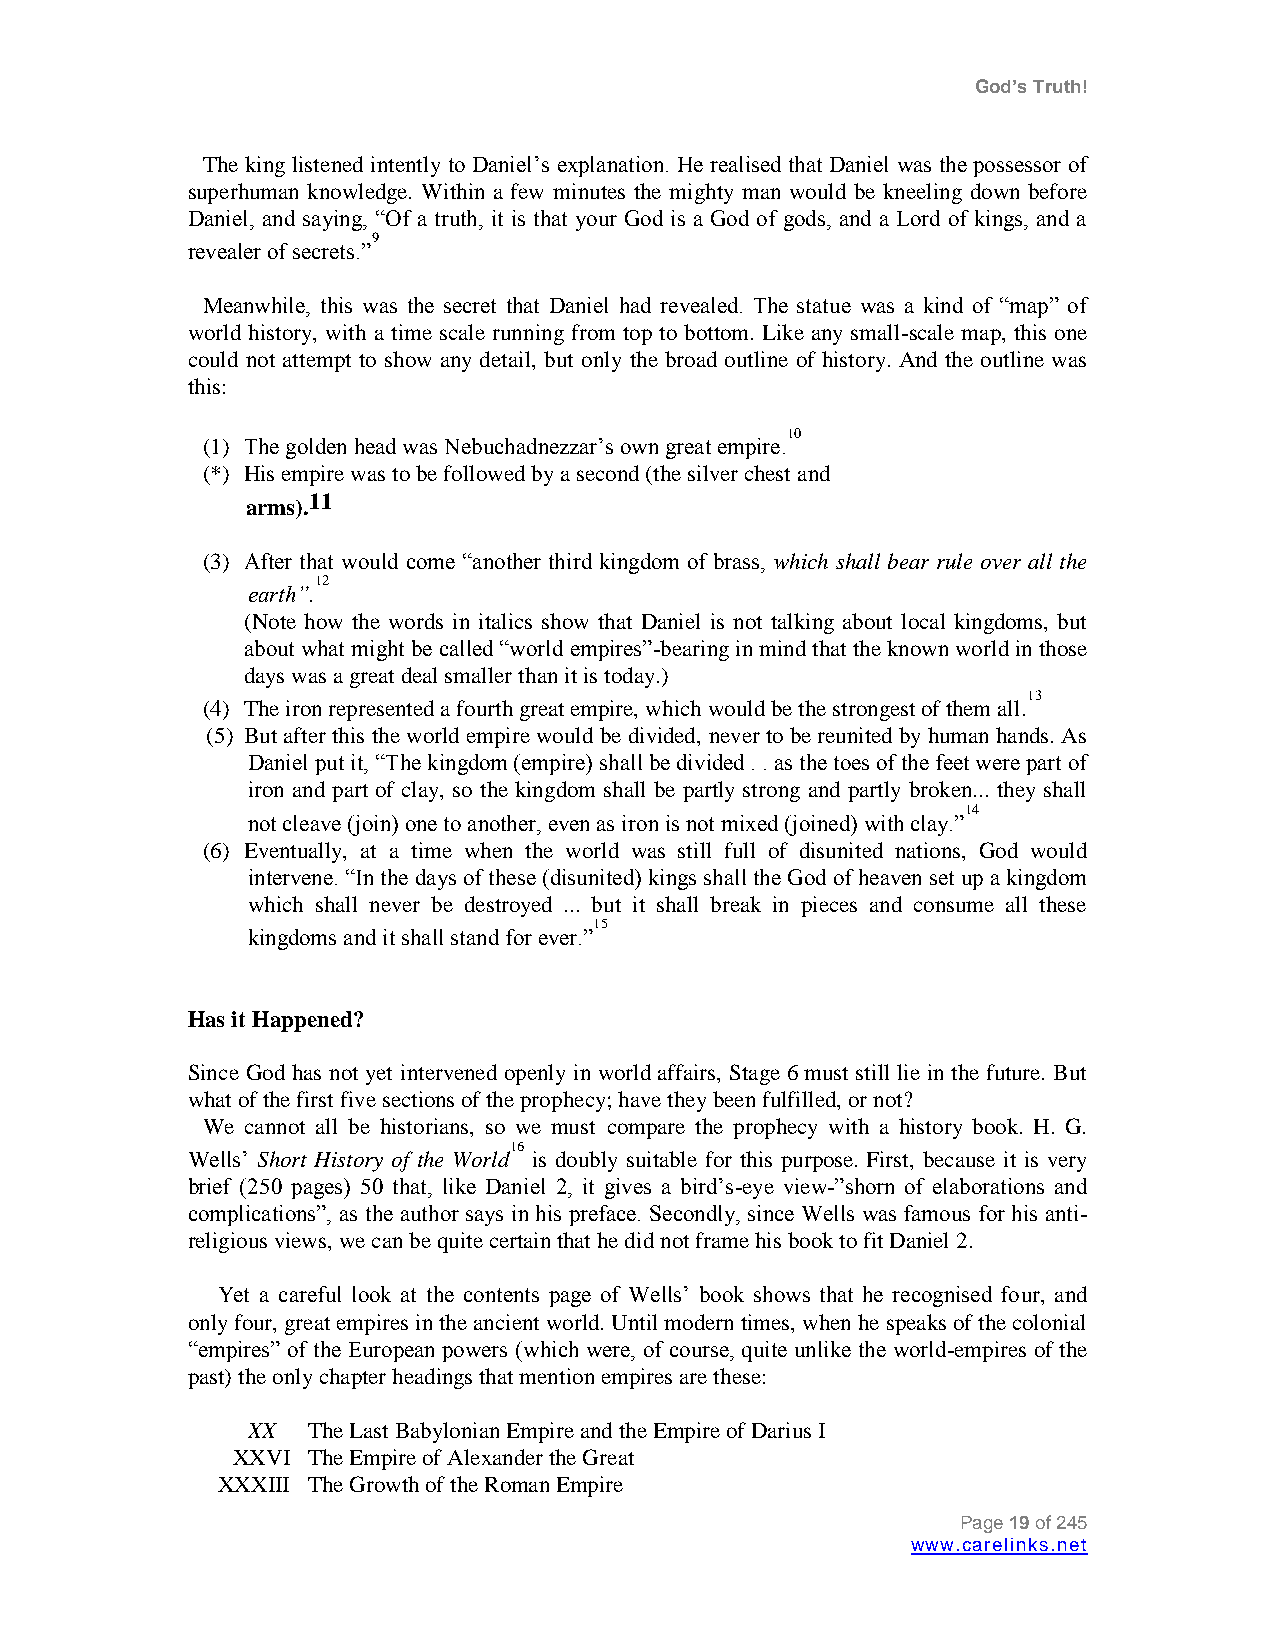
God’s Truth!
 The king listened intently to Daniel‟s explanation. He realised that Daniel was the possessor of
 superhuman knowledge. Within a few minutes the mighty man would be kneeling down before
 Daniel, and saying, “Of a truth, it is that your God is a God of gods, and a Lord of kings, and a
 9
 revealer of secrets.”
 Meanwhile, this was the secret that Daniel had revealed. The statue was a kind of “map” of
 world history, with a time scale running from top to bottom. Like any small-scale map, this one
 could not attempt to show any detail, but only the broad outline of history. And the outline was
 this:
 10
 (1) The golden head was Nebuchadnezzar‟s own great empire.
 (*) His empire was to be followed by a second (the silver chest and
 arms).11
 (3) After that would come “another third kingdom of brass, which shall bear rule over all the
 12
 earth”.
 (Note how the words in italics show that Daniel is not talking about local kingdoms, but
 about what might be called “world empires”-bearing in mind that the known world in those
 days was a great deal smaller than it is today.)
 13
 (4) The iron represented a fourth great empire, which would be the strongest of them all.
 (5) But after this the world empire would be divided, never to be reunited by human hands. As
 Daniel put it, “The kingdom (empire) shall be divided . . as the toes of the feet were part of
 iron and part of clay, so the kingdom shall be partly strong and partly broken... they shall
 14
 not cleave (join) one to another, even as iron is not mixed (joined) with clay.”
 (6) Eventually, at a time when the world was still full of disunited nations, God would
 intervene. “In the days of these (disunited) kings shall the God of heaven set up a kingdom
 which shall never be destroyed ... but it shall break in pieces and consume all these
 15
 kingdoms and it shall stand for ever.”
 Has it Happened?
 Since God has not yet intervened openly in world affairs, Stage 6 must still lie in the future. But
 what of the first five sections of the prophecy; have they been fulfilled, or not?
 We cannot all be historians, so we must compare the prophecy with a history book. H. G.
 Wells‟ Short History of the
 World16
 is doubly suitable for this purpose. First, because it is very
 brief (250 pages) 50 that, like Daniel 2, it gives a bird‟s-eye view-”shorn of elaborations and
 complications”, as the author says in his preface. Secondly, since Wells was famous for his anti-
 religious views, we can be quite certain that he did not frame his book to fit Daniel 2.
 Yet a careful look at the contents page of Wells‟ book shows that he recognised four, and
 only four, great empires in the ancient world. Until modern times, when he speaks of the colonial
 “empires” of the European powers (which were, of course, quite unlike the world-empires of the
 past) the only chapter headings that mention empires are these:
 XX  The Last Babylonian Empire and the Empire of Darius I
 XXVI The Empire of Alexander the Great
 XXXIII The Growth of the Roman Empire
 Page 19 of 245
 www.carelinks.net